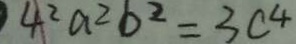
4 ^ { 2 } a ^ { 2 } b ^ { 2 } = 3 c ^ { 4 }